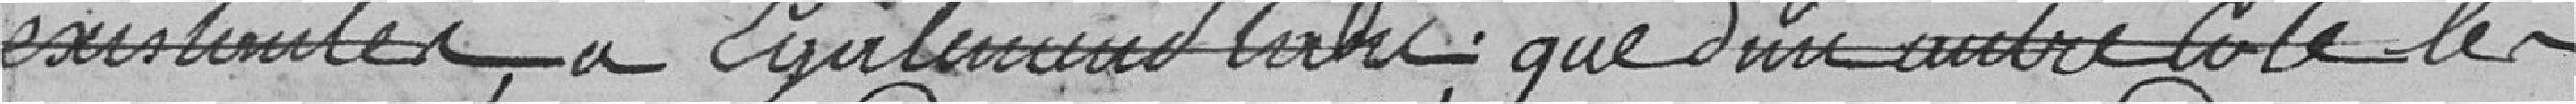
existantes, a également tari ; que d'un autre côté les